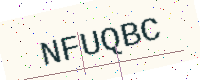
Text: NFUQBC